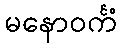
မနောဝင်္ကံ